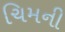
ચિમની